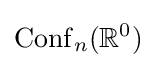
\mathrm {Conf} _{n}(\mathbb {R} ^{0})